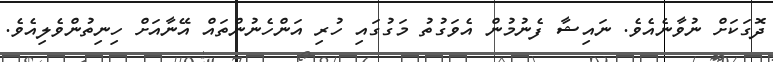
ދޮގަކަށް ނުވާނެއެވެ. ނައިޝާ ފެނުމުން އެވަގުތު މަގުގައި ހުރި އަންހެނުންތައް އޭނާއަށް ހިނިތުންވެލިއެވެ.